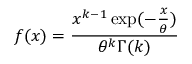
f ( x ) = { \frac { x ^ { k - 1 } \exp ( - { \frac { x } { \theta } } ) } { \theta ^ { k } \Gamma ( k ) } }